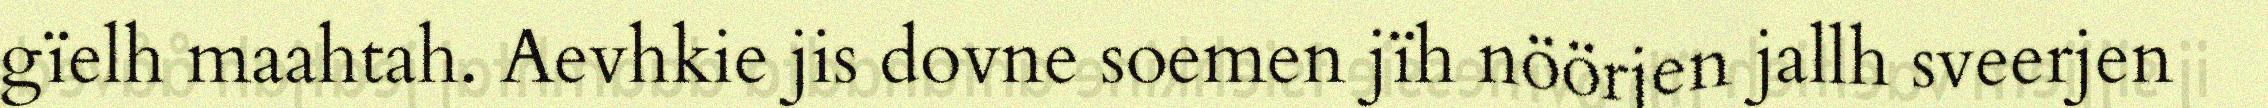
gïelh maahtah. Aevhkie jis dovne soemen jïh nöörjen jallh sveerjen